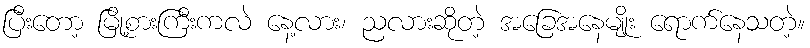
ပြီးတော့ မြို့စားကြီးကလဲ နေ့လား၊ ညလားဆိုတဲ့ အခြေအနေမျိုး ရောက်နေသတဲ့။